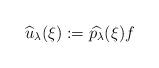
LaTeX: \begin{align*}\widehat{u}_{\lambda}(\xi):=\widehat{p_{\lambda}}(\xi)f\end{align*}